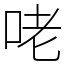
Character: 咾